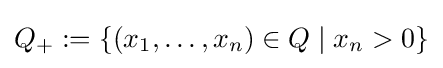
Q_{+}:=\{(x_{1},\ldots ,x_{n})\in Q\mid x_{n}>0\}